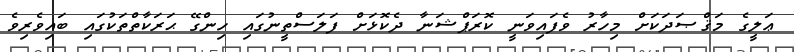
ޢަލީގެ މަޤްޞަދަކަށް މިހާރު ވެފައިވަނީ ކޮރަޕްޝަނާ ދެކޮޅަށް ފަލަސްތީނުގައި ހިންގޭ ޙަރަކާތްތަކުގައި ބައިވެރިވެ